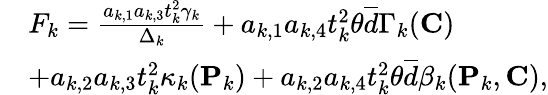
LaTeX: \begin{array}{rl}&{F_{k}=\frac{a_{k,1}a_{k,3}t_{k}^{2}\gamma_{k}}{\Delta_{k}}+a_{k,1}a_{k,4}t_{k}^{2}\theta\overline{{d}}\Gamma_{k}({\mathbf{C}})}\\ &{+a_{k,2}a_{k,3}t_{k}^{2}\kappa_{k}({\mathbf{P}}_{k})+a_{k,2}a_{k,4}t_{k}^{2}\theta\overline{{d}}\beta_{k}({\mathbf{P}}_{k},{\mathbf{C}}),}\end{array}